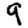
Digit: 9